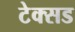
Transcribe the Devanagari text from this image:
टेक्सड